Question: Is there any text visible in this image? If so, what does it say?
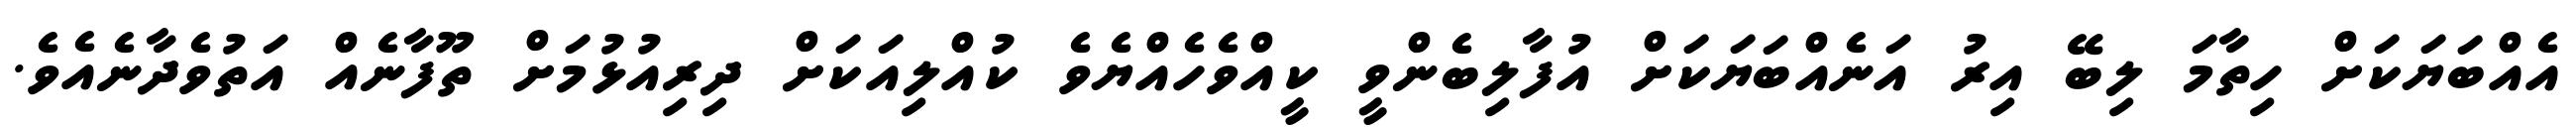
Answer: އެއްބަޔަކަށް ހިތާމަ ލިބޭ އިރު އަނެއްބަޔަކަށް އުފާލިބެންވީ ކީއްވެހެއްޔެވެ ކުއްލިއަކަށް ދިރިއުޅުމަށް ތޫފާނެއް އަތުވެދާނެއެވެ.